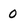
Character: 0